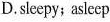
D. sleepy; asleep